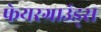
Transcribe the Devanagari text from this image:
फेयरग्राउंड्स